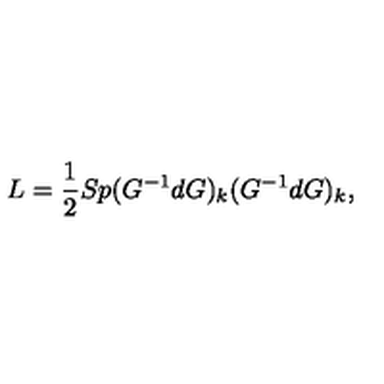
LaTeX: L = { \frac { 1 } { 2 } } S p ( G ^ { - 1 } d G ) _ { k } ( G ^ { - 1 } d G ) _ { k } ,